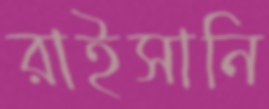
রাইসানি